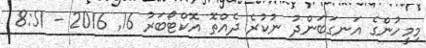
މިމީހުންގެ އަނގަބަންދު ނުކުރެ ދެއްތޮ އޮކްޓޯބަރު 16